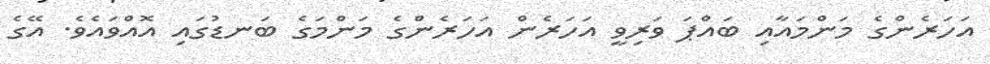
އަހަރެންގެ މަންމައާއި ބައްޕަ ވަރިވީ އަހަރެން އަހަރެންގެ މަންމަގެ ބަނޑުގައި އޮއްވައެވެ. އޭގެ